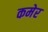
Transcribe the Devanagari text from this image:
कमेर